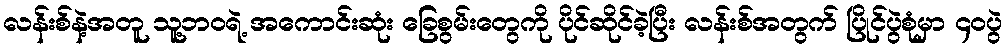
လန်းစ်နဲ့အတူ သူ့ဘဝရဲ့ အကောင်းဆုံး ခြေစွမ်းတွေကို ပိုင်ဆိုင်ခဲ့ပြီး လန်းစ်အတွက် ပြိုင်ပွဲစုံမှာ ၄၀ပွဲ